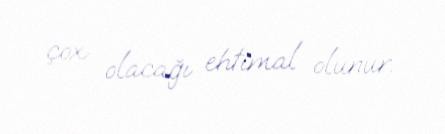
çox olacağı ehtimal olunur.